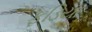
ફડિયા